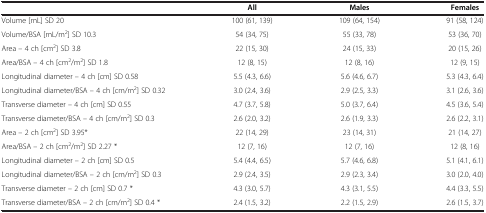
<table><thead><tr><td><b> </b></td><td><b>All</b></td><td><b>Males</b></td><td><b>Females</b></td></tr></thead><tbody><tr><td>Volume [mL] SD 20</td><td>100 (61, 139)</td><td>109 (64, 154)</td><td>91 (58, 124)</td></tr><tr><td>Volume/BSA [mL/m<sup>2</sup>] SD 10.3</td><td>54 (34, 75)</td><td>55 (33, 78)</td><td>53 (36, 70)</td></tr><tr><td>Area – 4 ch [cm<sup>2</sup>] SD 3.8</td><td>22 (15, 30)</td><td>24 (15, 33)</td><td>20 (15, 26)</td></tr><tr><td>Area/BSA – 4 ch [cm<sup>2</sup>/m<sup>2</sup>] SD 1.8</td><td>12 (8, 15)</td><td>12 (8, 16)</td><td>12 (9, 15)</td></tr><tr><td>Longitudinal diameter – 4 ch [cm] SD 0.58</td><td>5.5 (4.3, 6.6)</td><td>5.6 (4.6, 6.7)</td><td>5.3 (4.3, 6.4)</td></tr><tr><td>Longitudinal diameter/BSA – 4 ch [cm/m<sup>2</sup>] SD 0.32</td><td>3.0 (2.4, 3.6)</td><td>2.9 (2.5, 3.3)</td><td>3.1 (2.6, 3.6)</td></tr><tr><td>Transverse diameter – 4 ch [cm] SD 0.55</td><td>4.7 (3.7, 5.8)</td><td>5.0 (3.7, 6.4)</td><td>4.5 (3.6, 5.4)</td></tr><tr><td>Transverse diameter/BSA – 4 ch [cm/m<sup>2</sup>] SD 0.3</td><td>2.6 (2.0, 3.2)</td><td>2.6 (1.9, 3.3)</td><td>2.6 (2.2, 3.1)</td></tr><tr><td>Area – 2 ch [cm<sup>2</sup>] SD 3.95*</td><td>22 (14, 29)</td><td>23 (14, 31)</td><td>21 (14, 27)</td></tr><tr><td>Area/BSA – 2 ch [cm<sup>2</sup>/m<sup>2</sup>] SD 2.27 *</td><td>12 (7, 16)</td><td>12 (7, 16)</td><td>12 (8, 16)</td></tr><tr><td>Longitudinal diameter – 2 ch [cm] SD 0.5</td><td>5.4 (4.4, 6.5)</td><td>5.7 (4.6, 6.8)</td><td>5.1 (4.1, 6.1)</td></tr><tr><td>Longitudinal diameter/BSA – 2 ch [cm/m<sup>2</sup>] SD 0.3</td><td>2.9 (2.4, 3.5)</td><td>2.9 (2.3, 3.4)</td><td>3.0 (2.0, 4.0)</td></tr><tr><td>Transverse diameter – 2 ch [cm] SD 0.7 *</td><td>4.3 (3.0, 5.7)</td><td>4.3 (3.1, 5.5)</td><td>4.4 (3.3, 5.5)</td></tr><tr><td>Transverse diameter/BSA – 2 ch [cm/m<sup>2</sup>] SD 0.4 *</td><td>2.4 (1.5, 3.2)</td><td>2.2 (1.5, 2.9)</td><td>2.6 (1.5, 3.7)</td></tr></tbody></table>